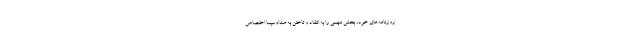
روزنامه‌هاى خود، بخش مهمى را به انتقاد و تاختن به صداوسیما اختصاص